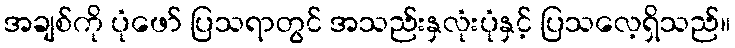
အချစ်ကို ပုံဖော် ပြသရာတွင် အသည်းနှလုံးပုံနှင့် ပြသလေ့ရှိသည်။